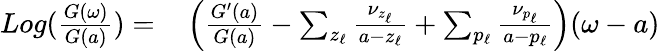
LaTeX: \begin{array}{r}{\begin{array}{rl}{Log(\frac{G(\omega)}{G(a)})=}&{{}\left(\frac{G^{\prime}(a)}{G(a)}-\sum_{z_{\ell}}\frac{\nu_{z_{\ell}}}{a-z_{\ell}}+\sum_{p_{\ell}}\frac{\nu_{p_{\ell}}}{a-p_{\ell}}\right)(\omega-a)}\end{array}}\end{array}